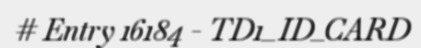
# Entry 16184 - TD1_ID_CARD